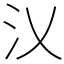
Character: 㲼